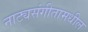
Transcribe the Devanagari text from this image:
नाट्यसंगीतामधील